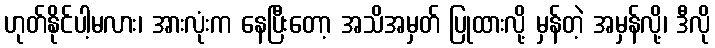
ဟုတ်နိုင်ပါ့မလား၊ အားလုံးက နေပြီးတော့ အသိအမှတ် ပြုထားလို့ မှန်တဲ့ အမှန်လို့၊ ဒီလို